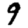
Digit: 9